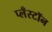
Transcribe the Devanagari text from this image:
प्लँस्टॉन